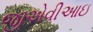
જીએવીઆઇ